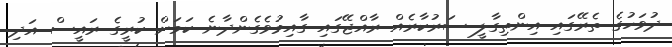
ދުވަހުގެ ތެރޭގައި އިންތިގާލީ ސަރުކާރެއް ރާއްޖޭގައި ގާއިމުވެގެންދާނެ ކަމަށް ކުރީގެ ރައީސް އަދި